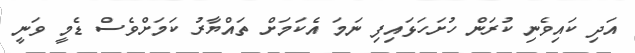
އަދި ކައިވެނި ކުރަން ހުށަހަޅައިފި ނަމަ އެކަމަށް ތައްޔާރު ކަމަށްވެސް ޑެމީ ވަނީ